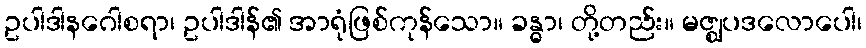
ဥပါဒါနဂေါစရာ၊ ဥပါဒါန်၏ အာရုံဖြစ်ကုန်သော။ ခန္ဓာ၊ တို့တည်း။ မဇ္ဈပဒလောပေါ၊